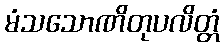
မံသသောဏိတုပလိတ္တံ